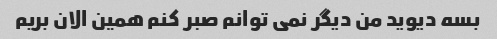
بسه دیوید من دیگر نمی توانم صبر کنم همین الان بریم